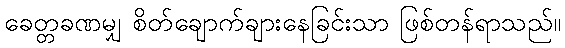
ခေတ္တခဏမျှ စိတ်ချောက်ချားနေခြင်းသာ ဖြစ်တန်ရာသည်။